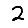
Digit: 2